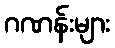
ဂဏန်းများ